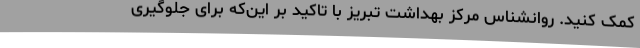
کمک کنید. روانشناس مرکز بهداشت تبریز با تاکید بر این‌که برای جلوگیری